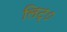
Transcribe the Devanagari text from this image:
लिट्०